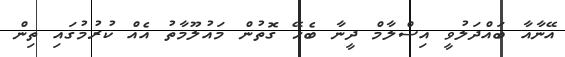
އޭނާއާ ބައްދަލުވީ އިސްލާމް ދީނާ ބެހޭ ގޮތުން މައުލޫމާތު އެއް ކުރުމުގައި ތިން